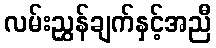
လမ်းညွှန်ချက်နှင့်အညီ